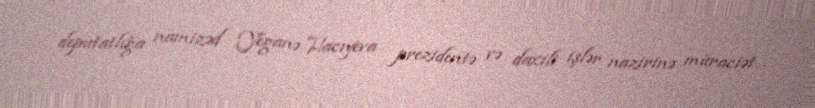
deputatlığa namizəd Yeganə Hacıyeva prezidentə və daxili işlər nazirinə müraciət